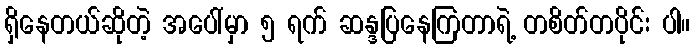
ရှိနေတယ်ဆိုတဲ့ အပေါ်မှာ ၅ ရက် ဆန္ဒပြနေကြတာရဲ့ တစိတ်တပိုင်း ပါ။